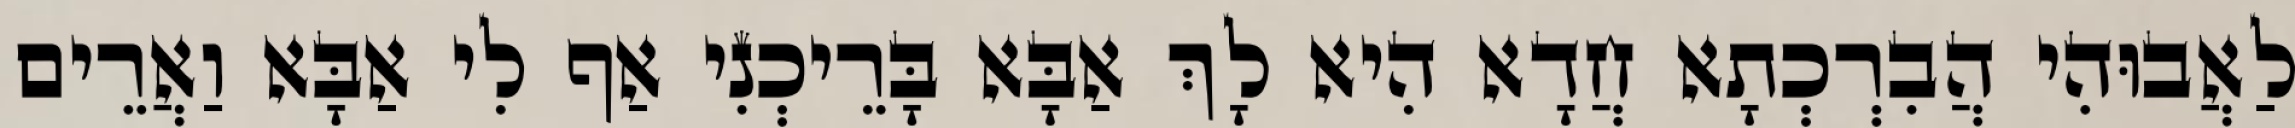
לַאֲבוּהִי הֲבִרְכְתָא חֲדָא הִיא לָךְ אַבָּא בָּרֵיכְנִי אַף לִי אַבָּא וַאֲרֵים